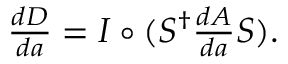
\begin{array} { r } { \frac { d D } { d a } = I \circ ( S ^ { \dagger } \frac { d A } { d a } S ) . } \end{array}